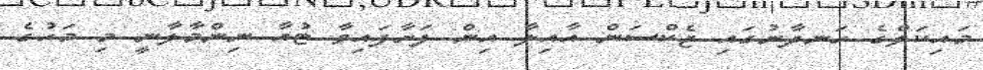
މައިކަލްގެ ހަނދާނުގައި ޖެކްސަން އާއިލާ އިން ފަށާފައިވާ ޓުއާ ނިންމާލާނީ މި މަހުގެ